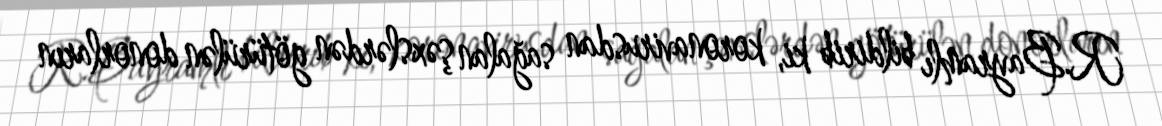
R.Bayramlı bildirib ki, koronavirusdan sağalan şəxslərdən götürülən donorların